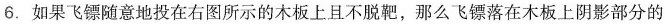
6.如果飞镖随意地投在右图所示的木板上且不脱靶，那么飞镖落在木板上阴影部分的